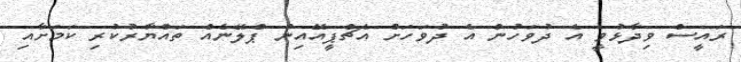
ރައީސް ވިދާޅުވީ އެ ދުވަހުން އެ ދުވަހަށް އެޗްޕީއޭއިން ޕްލޭނެއް ތައްޔާރުކުރި ކަމަށާއި